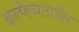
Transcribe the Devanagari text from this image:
इन्फेनटाईल